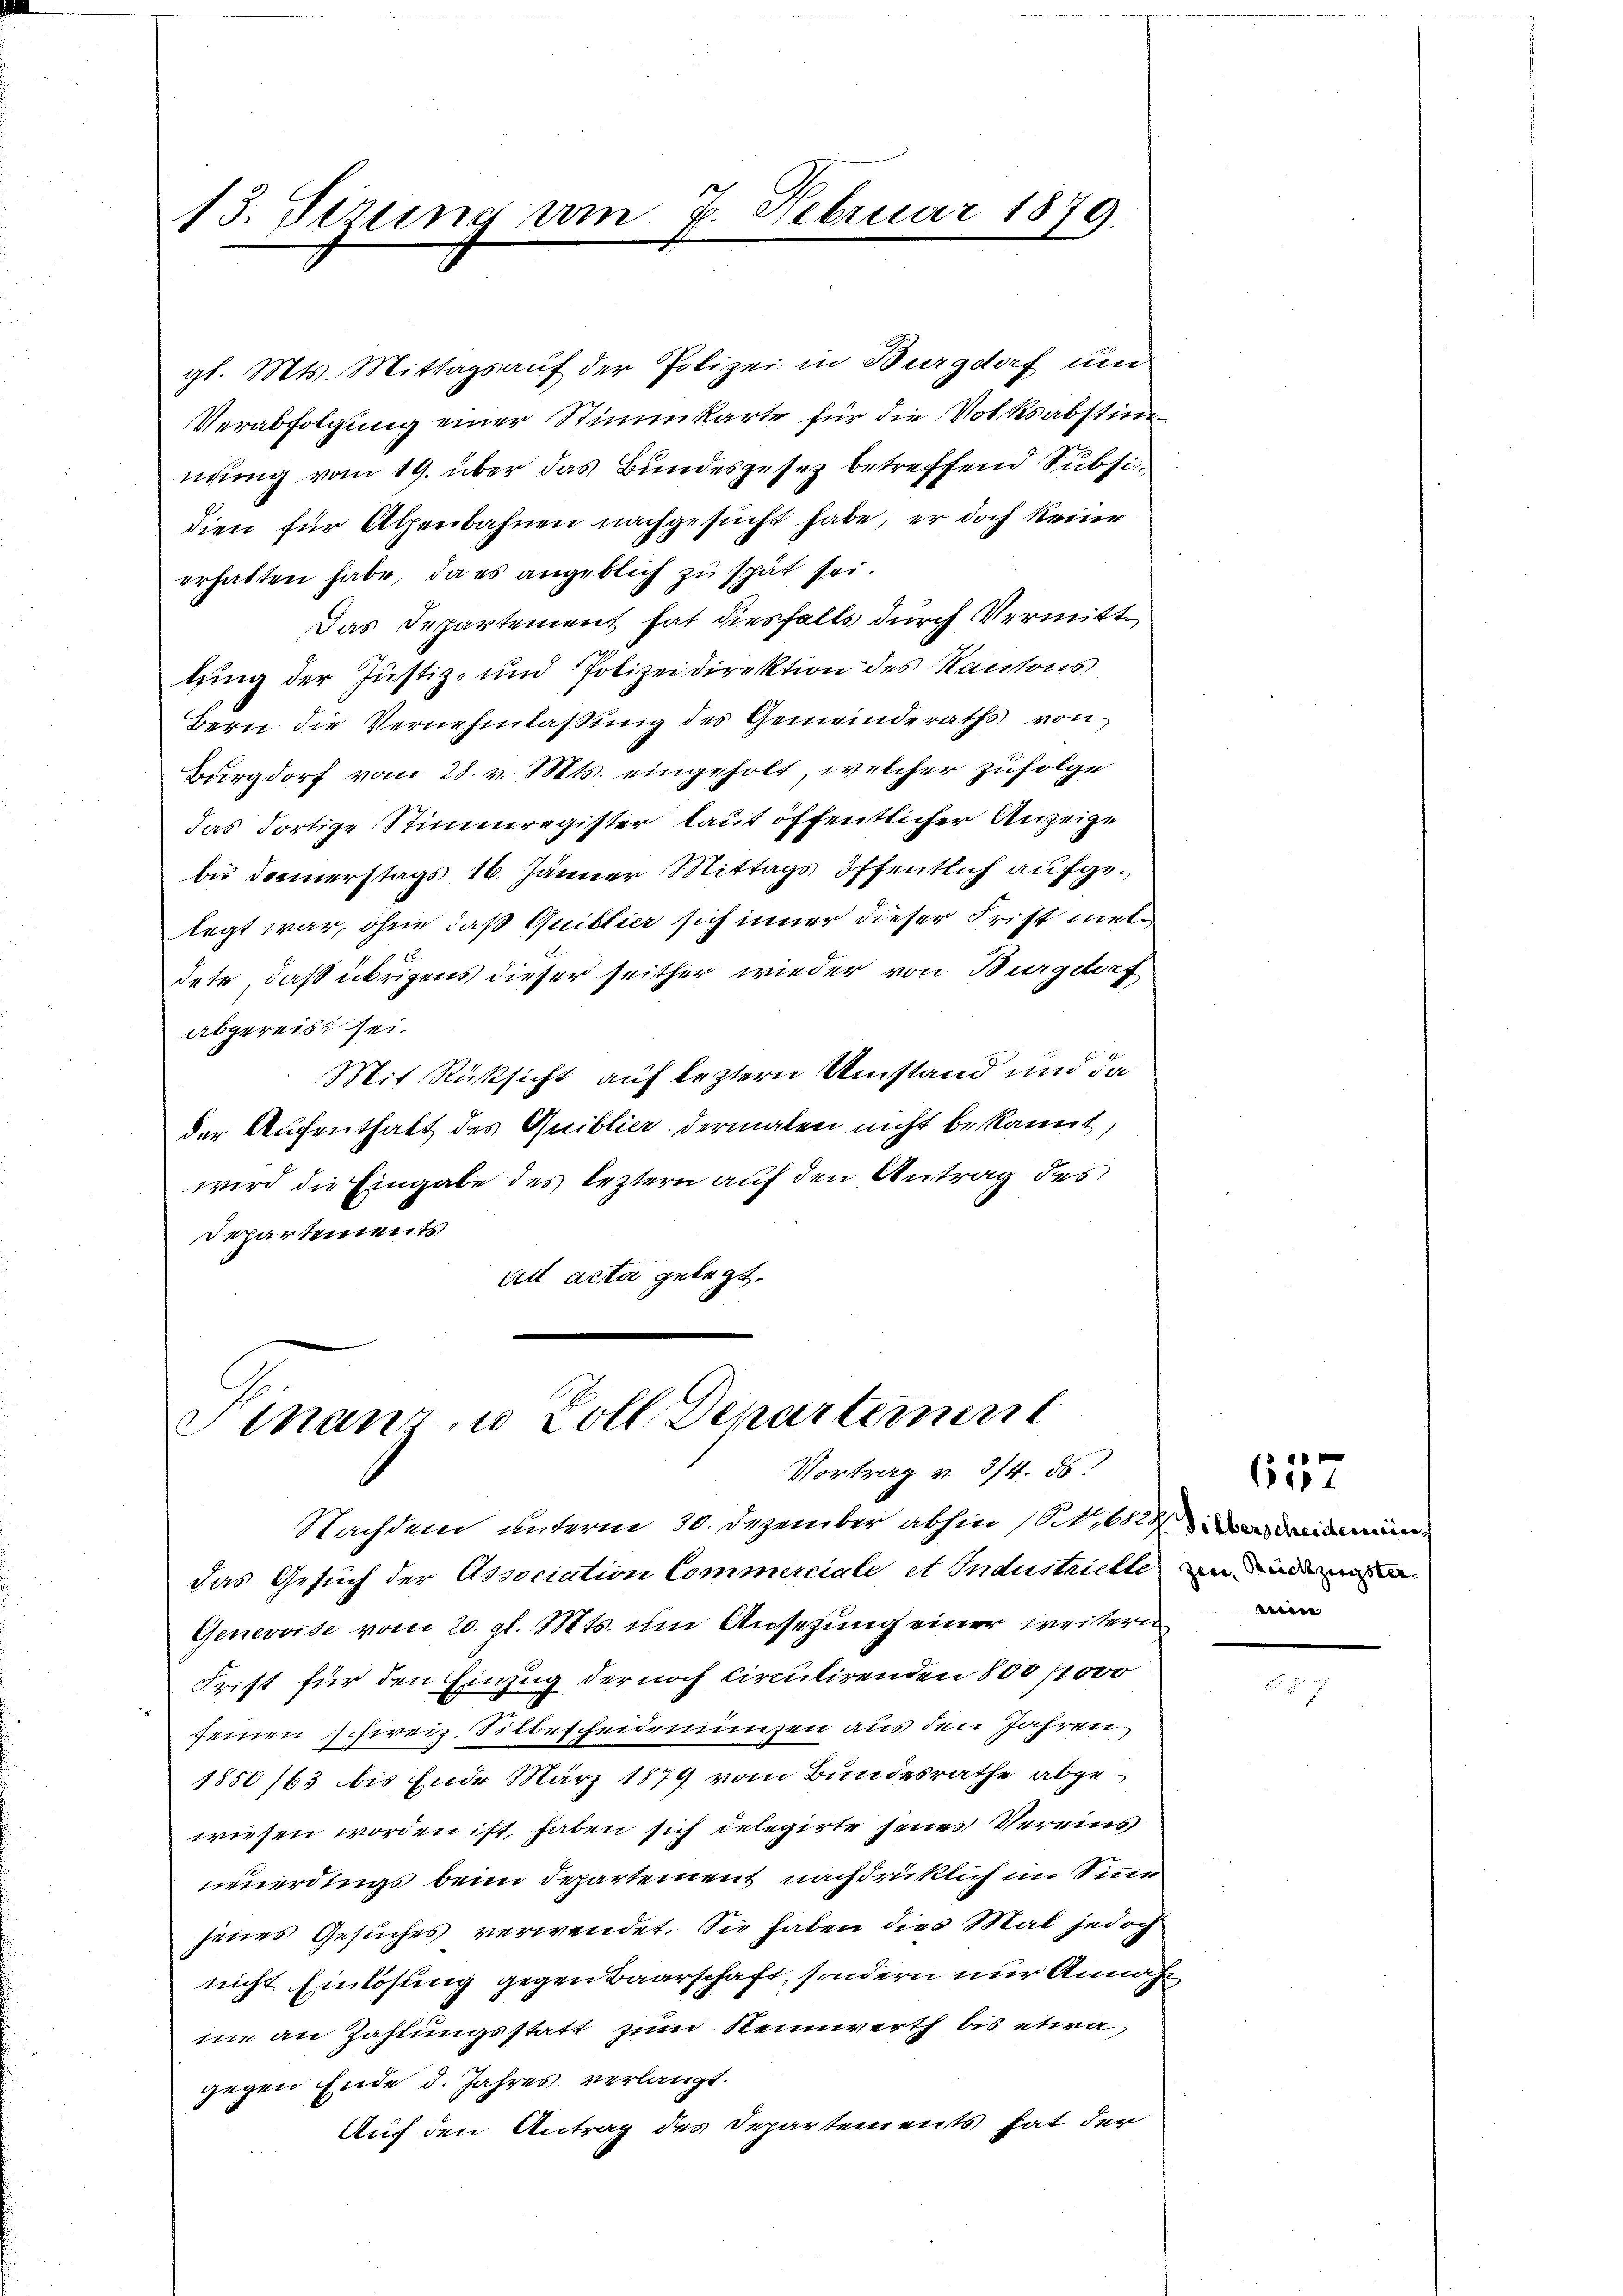
13. Sizung vom 7. Februar 1879.

gl. Mts. Mittags auf der Polizei in Burgdorf und
Verabfolgung einer Stimmkarte für die Volksabstim
nung vom 19. über das Bundesgesez betreffend Subsidien für Alpenbahnen nachgesucht habe, er doch keine
erhalten habe, da es angeblich zu spät sei.
Das Departement hat diesfalls durch Vermittlung der Justiz- und Polizeidirektion des Kantons
Bern die Vernehmlassung des Gemeinderaths von
Burgdorf vom 28. v. Mts. eingeholt, welcher zufolge
das dortige Stimmregister laut öffentlicher Anzeige
bis Donnerstags 16. Jänner Mittags öffentlich aufgelegt war, ohne das Quittier sich inner dieser Frist meldete, daß übrigens dieser seither wieder von Burgdorf
abgereist sei.
Mit Rüksicht auf leztern Umstand und da
der Aufenthalt des Quiblier dermalen nicht bekannt,
wird die Eingabe des leztern auf den Antrag des
Departenweits
ad acta gelegt.

Sinanz u. Zoll Departement
Vortrag v. 314. ds.

Nachdem unterm 30. Dezember abhin (S. 682 dimin
das Gesuch der Association Commerciale et Industrichte andermas
Genevoise vom 20. gl. Mts. um Ansezung einer weitern
Frist für den Einzug der noch Circulirenden 800. /1000
seinen schweiz. Silbescheidenienzen aus den Jahren
1850/63 bis Ende März 1879 vom Bundesrathe abgewiesen worden ist, haben sich delegirte seines Vereins
neuerdings beim Departement nachdrüklich im Sinne
jenes Gesuches verwendet. Sie haben dies Mal jedoch
nicht Einlösung gegen Baarschaft, sondern nur Annahne an Zahlungsstatt zum Reinwerth bis etwa
gegen Ende d. Jahres verlangt.
Auf den Antrag des Departements hat der

657

Es so